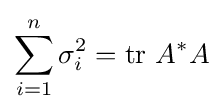
\sum _{i=1}^{n}\sigma _{i}^{2}={\text{tr}}\ A^{\ast }A